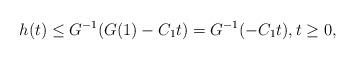
LaTeX: \begin{align*}h(t)\le G^{-1}(G(1)-C_1t)=G^{-1}(-C_1t),t\ge 0,\end{align*}